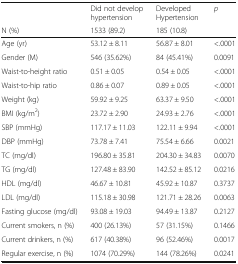
|  | Did not develop hypertension | Developed Hypertension | p |
 | N (%) | 1533 (89.2) | 185 (10.8) |  |
 | --- | --- | --- | --- |
 | Age (yr) | 53.12 ± 8.11 | 56.87 ± 8.01 | <.0001 |
 | Gender (M) | 546 (35.62%) | 84 (45.41%) | 0.0091 |
 | Waist-to-height ratio | 0.51 ± 0.05 | 0.54 ± 0.05 | <.0001 |
 | Waist-to-hip ratio | 0.86 ± 0.07 | 0.89 ± 0.05 | <.0001 |
 | Weight (kg) | 59.92 ± 9.25 | 63.37 ± 9.50 | <.0001 |
 | BMI (kg/m2) | 23.72 ± 2.90 | 24.93 ± 2.76 | <.0001 |
 | SBP (mmHg) | 117.17 ± 11.03 | 122.11 ± 9.94 | <.0001 |
 | DBP (mmHg) | 73.78 ± 7.41 | 75.54 ± 6.66 | 0.0021 |
 | TC (mg/dl) | 196.80 ± 35.81 | 204.30 ± 34.83 | 0.0070 |
 | TG (mg/dl) | 127.48 ± 83.90 | 142.52 ± 85.12 | 0.0216 |
 | HDL (mg/dl) | 46.67 ± 10.81 | 45.92 ± 10.87 | 0.3737 |
 | LDL (mg/dl) | 115.18 ± 30.98 | 121.71 ± 28.26 | 0.0063 |
 | Fasting glucose (mg/dl) | 93.08 ± 19.03 | 94.49 ± 13.87 | 0.2127 |
 | Current smokers, n (%) | 400 (26.13%) | 57 (31.15%) | 0.1466 |
 | Current drinkers, n (%) | 617 (40.38%) | 96 (52.46%) | 0.0017 |
 | Regular exercise, n (%) | 1074 (70.29%) | 144 (78.26%) | 0.0241 |